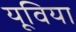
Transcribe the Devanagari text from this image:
यूविया